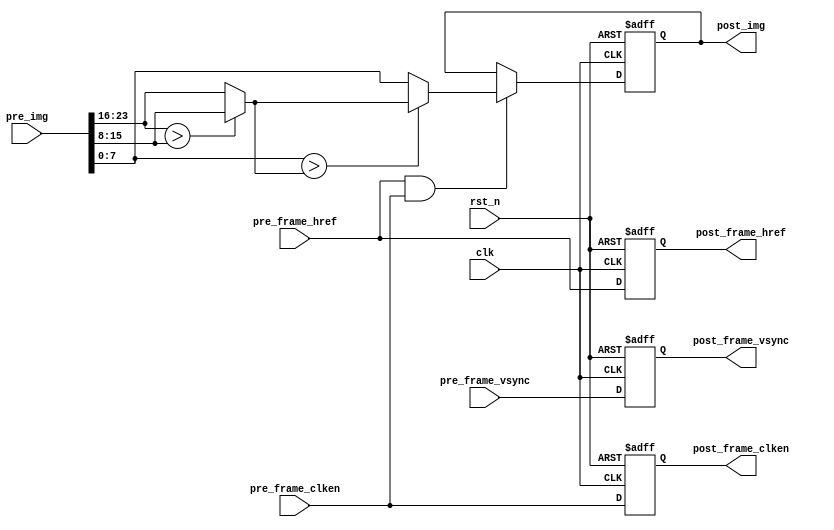
module src_min(
        input           clk                 ,
        input           rst_n               ,  
        //
        input           pre_frame_vsync     , 
        input           pre_frame_href      ,  
        input           pre_frame_clken     , 
        input   [23:0]  pre_img             ,       
        //
        output          post_frame_vsync    , 
        output          post_frame_href     ,  
        output          post_frame_clken    , 
        output  [7 :0]  post_img  
    );

reg                 pre_frame_vsync_d1; 
reg                 pre_frame_href_d1;
reg                 pre_frame_clken_d1;

reg     [7 : 0]     pixel_min_of_rgb;
wire    [7 : 0]     pixel_of_r;
wire    [7 : 0]     pixel_of_g;
wire    [7 : 0]     pixel_of_b;
wire    [7 : 0]     pixel_min_of_rgb_1st;
wire    [7 : 0]     pixel_min_of_rgb_2st;

assign      pixel_of_r  =   pre_img[23 : 16];
assign      pixel_of_g  =   pre_img[15 :  8];
assign      pixel_of_b  =   pre_img[ 7 :  0];

assign  pixel_min_of_rgb_1st    =   pixel_of_r > pixel_of_g ? pixel_of_g : pixel_of_r;
assign  pixel_min_of_rgb_2st    =   pixel_of_b > pixel_min_of_rgb_1st ? pixel_min_of_rgb_1st : pixel_of_b;


always@(posedge clk or negedge rst_n)begin
    if(!rst_n)begin
        pixel_min_of_rgb    <=  0;
    end
    else if(pre_frame_href & pre_frame_clken)begin
        pixel_min_of_rgb    <=  pixel_min_of_rgb_2st;
    end
end


always@(posedge clk or negedge rst_n)begin
    if(!rst_n)begin
        pre_frame_vsync_d1      <=  0;
        pre_frame_href_d1       <=  0;
        pre_frame_clken_d1      <=  0;
    end
    else begin
        pre_frame_vsync_d1      <=  pre_frame_vsync;
        pre_frame_href_d1       <=  pre_frame_href;
        pre_frame_clken_d1      <=  pre_frame_clken;
    end
end

assign  post_frame_vsync    =   pre_frame_vsync_d1;
assign  post_frame_href     =   pre_frame_href_d1 ;
assign  post_frame_clken    =   pre_frame_clken_d1;
assign  post_img            =   pixel_min_of_rgb;


endmodule